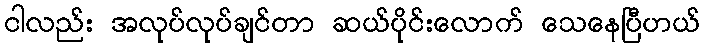
ငါလည်း အလုပ်လုပ်ချင်တာ ဆယ်ပိုင်းလောက် သေနေပြီဟယ်